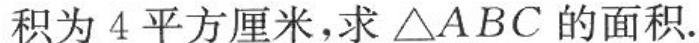
积为 4 平方厘米，求△ABC的面积。